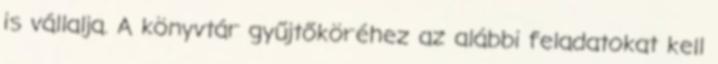
is vállalja. A könyvtár gyűjtőköréhez az alábbi feladatokat kell